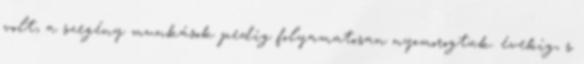
volt, a szegény munkások pedig folyamatosan nyomorogtak. évekig, s